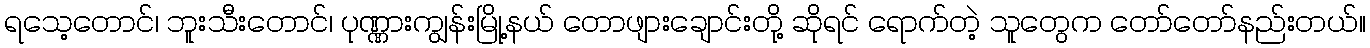
ရသေ့တောင်၊ ဘူးသီးတောင်၊ ပုဏ္ဏားကျွန်းမြို့နယ် တောဖျားချောင်းတို့ ဆိုရင် ရောက်တဲ့ သူတွေက တော်တော်နည်းတယ်။